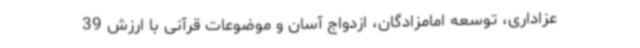
عزاداری، توسعه امامزادگان، ازدواج آسان و موضوعات قرآنی با ارزش 39